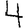
Digit: 4